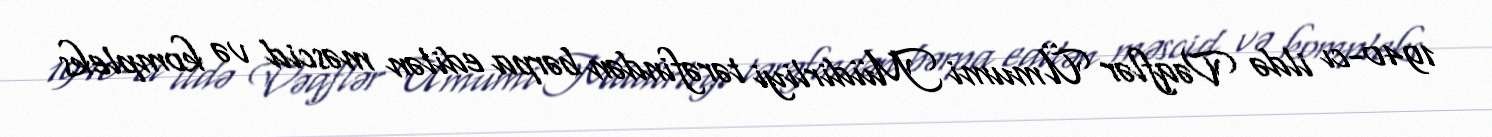
1940-cı ildə Vəqflər Ümumi Müdirliyi tərəfindən bərpa edilən məscid və kompleks